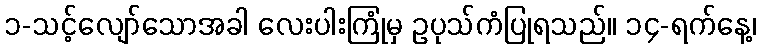
၁-သင့်လျော်သောအခါ လေးပါးကြုံမှ ဥပုသ်ကံပြုရသည်။ ၁၄-ရက်နေ့၊